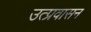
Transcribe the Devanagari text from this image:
उत्प्रवासन